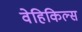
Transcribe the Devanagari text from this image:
वेहिकिल्स